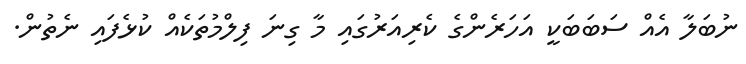
ނުބަލާ އެއް ސަބަބަކީ އަހަރެންގެ ކެރިއަރުގައި މާ ގިނަ ފިލްމުތަކެއް ކުޅެފައި ނެތުން.